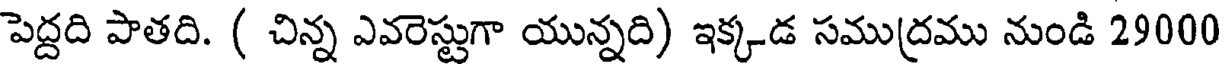
పెద్దది పాతది. ( చిన్న ఎవరెస్టుగా యున్నది) ఇక్కడ సముద్రము నుండి 29000